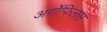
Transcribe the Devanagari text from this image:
अर्गोफिलस